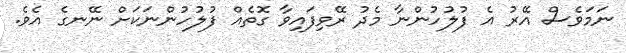
ނަމަވެސް އޭރު އެ ފުލުހުންނާ މެދު ރޭވިފައިވާ ގޮތެއް ފުލުހުންނަކަށް ނޭނގެ އެވެ.